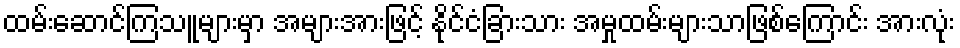
ထမ်းဆောင်ကြသူများမှာ အများအားဖြင့် နိုင်ငံခြားသား အမှုထမ်းများသာဖြစ်ကြောင်း အားလုံး